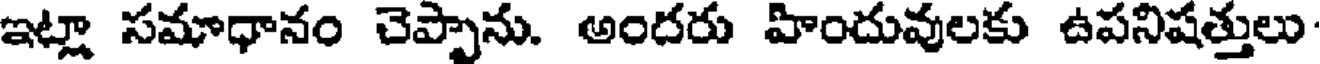
ఇట్లా సమాధానం చెప్పాను. అందరు హిందువులకు ఉపనిషత్తులు